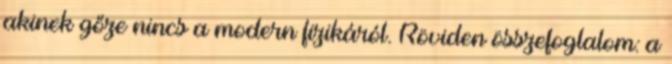
akinek gőze nincs a modern fizikáról. Röviden összefoglalom: a